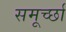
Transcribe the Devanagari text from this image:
समूर्च्छा